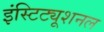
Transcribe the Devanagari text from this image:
इंस्टिट्यूशनल